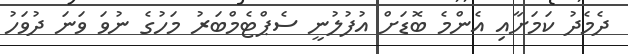
ދެމެދު ކަމަށާއި އެންމެ ބޮޑަށް އުފުލުނީ ސެޕްޓެމްބަރު މަހުގެ ނުވަ ވަނަ ދުވަހު